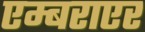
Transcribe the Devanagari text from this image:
एम्बराएर